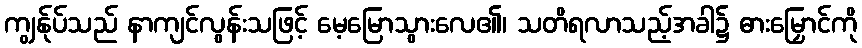
ကျွန်ုပ်သည် နာကျင်လွန်းသဖြင့် မေ့မြောသွားလေ၏၊ သတိရလာသည့်အခါ၌ ဓားမြှောင်ကို